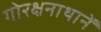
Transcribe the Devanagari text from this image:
गोरक्षनाथानें